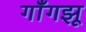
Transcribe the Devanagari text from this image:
गाँगझू